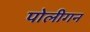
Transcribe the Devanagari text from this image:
पोलीगन